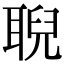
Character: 聣